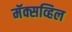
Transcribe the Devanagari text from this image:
मॅक्सव्हिल